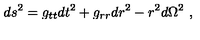
d s ^ { 2 } = g _ { t t } d t ^ { 2 } + g _ { r r } d r ^ { 2 } - r ^ { 2 } d \Omega ^ { 2 } \ ,